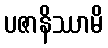
ပဇာနိဿာမိ